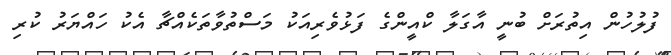
ފުލުހުން އިތުރަށް ބުނީ އާގަލާ ކްއީންގެ ފަޅުވެރިއަކު މަސްތުވާތަކެއްޗާ އެކު ހައްޔަރު ކުރި